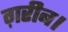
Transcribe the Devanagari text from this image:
ग़रीब।